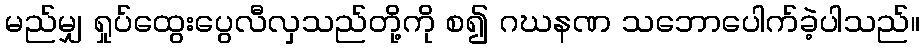
မည်မျှ ရှုပ်ထွေးပွေလီလှသည်တို့ကို စ၍ ဂဃနဏ သဘောပေါက်ခဲ့ပါသည်။